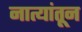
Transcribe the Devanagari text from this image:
नात्यांतून